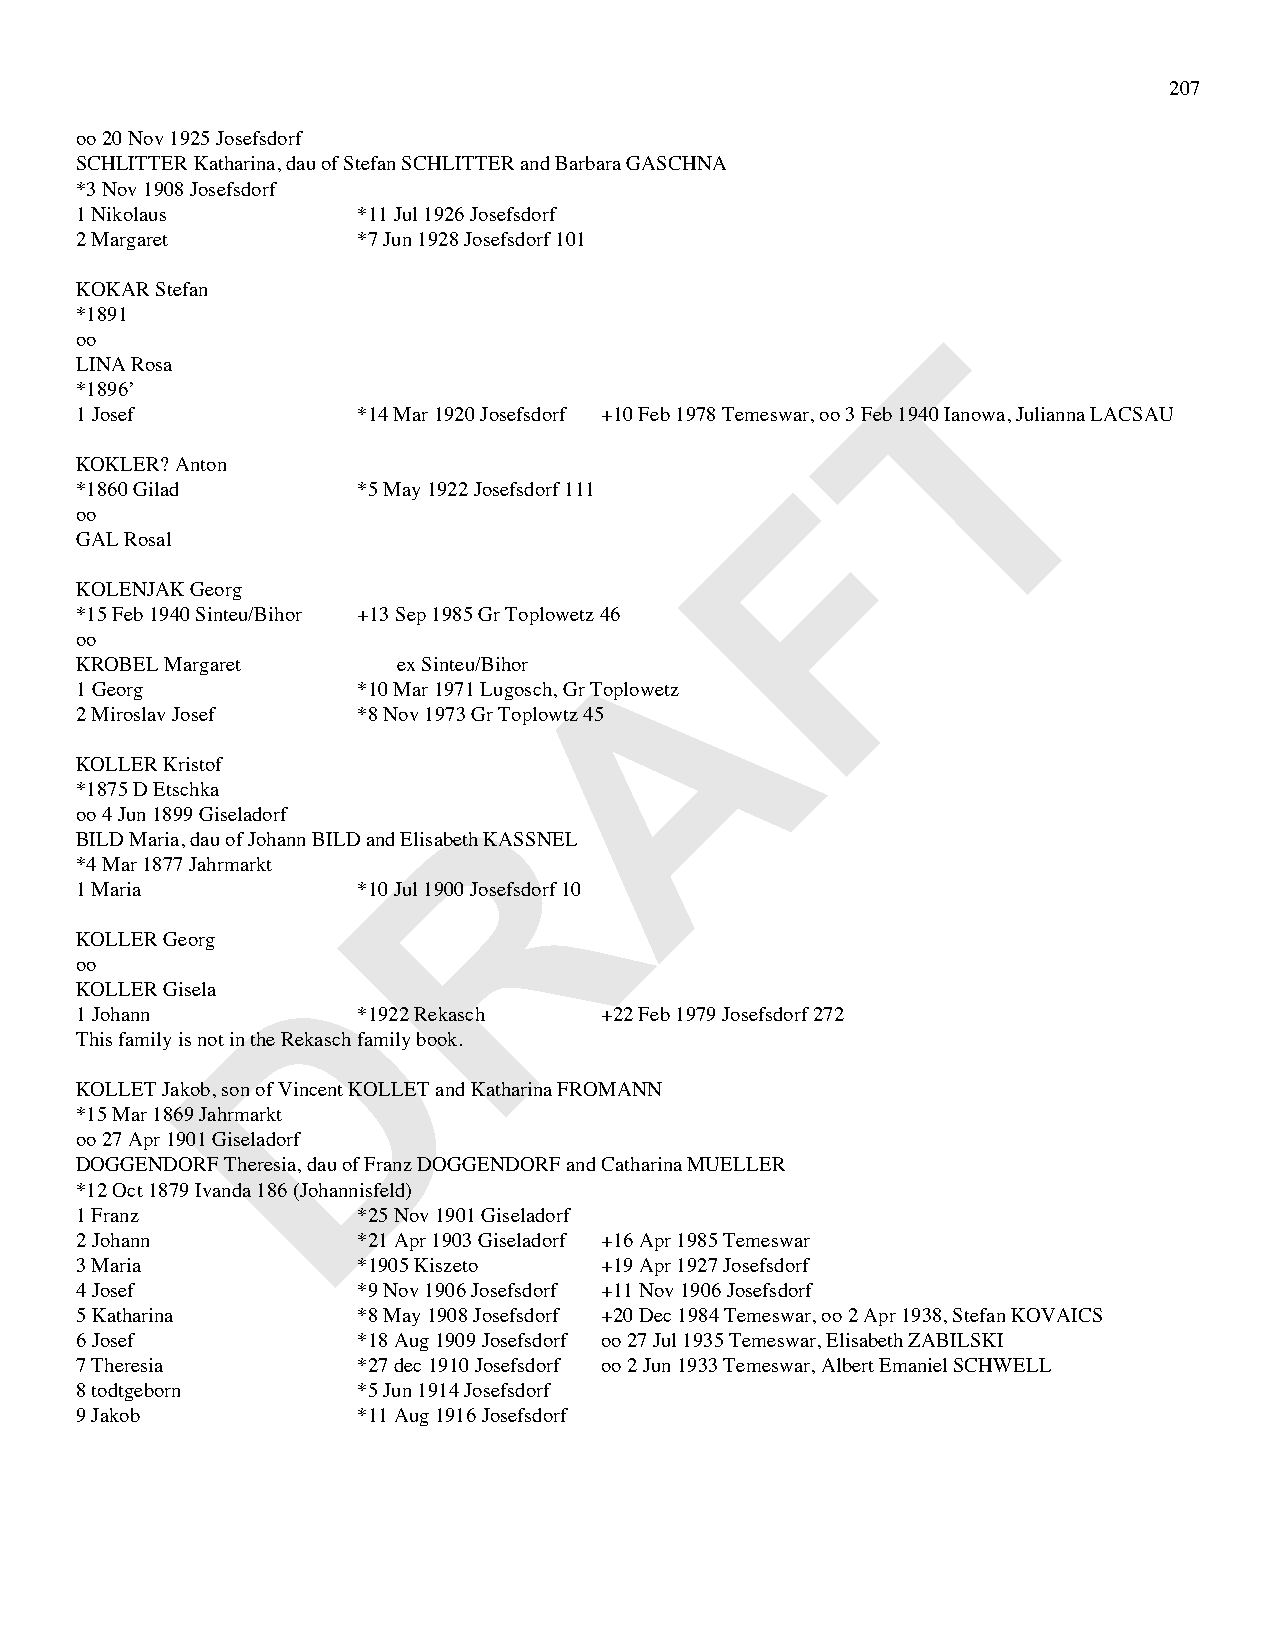
207
 oo 20 Nov 1925 Josefsdorf
 SCHLITTER Katharina, dau of Stefan SCHLITTER and Barbara GASCHNA
 *3 Nov 1908 Josefsdorf
 1 Nikolaus         *11 Jul 1926 Josefsdorf
 2 Margaret         *7 Jun 1928 Josefsdorf 101
 KOKAR Stefan
 *1891
 T
 oo
 LINA Rosa
 *1896’
 1 Josef            *14 Mar 1920 Josefsdorf +10 Feb 1978 Temeswar, oo 3 Feb 1940 Ianowa, Julianna LACSAU
 KOKLER? Anton                                  F
 *1860 Gilad        *5 May 1922 Josefsdorf 111
 oo
 GAL Rosal
 KOLENJAK Georg
 *15 Feb 1940 Sinteu/Bihor +13 Sep 1985 Gr Toplowetz 46 A
 oo
 KROBEL Margaret      ex Sinteu/Bihor
 1 Georg            *10 Mar 1971 Lugosch, Gr Toplowetz
 2 Miroslav Josef   *8 Nov 1973 Gr Toplowtz 45
 KOLLER Kristof
 R
 *1875 D Etschka
 oo 4 Jun 1899 Giseladorf
 BILD Maria, dau of Johann BILD and Elisabeth KASSNEL
 *4 Mar 1877 Jahrmarkt
 1 Maria            *10 Jul 1900 Josefsdorf 10
 KOLLER Georg
 D
 oo
 KOLLER Gisela
 1 Johann           *1922 Rekasch   +22 Feb 1979 Josefsdorf 272
 This family is not in the Rekasch family book.
 KOLLET Jakob, son of Vincent KOLLET and Katharina FROMANN
 *15 Mar 1869 Jahrmarkt
 oo 27 Apr 1901 Giseladorf
 DOGGENDORF Theresia, dau of Franz DOGGENDORF and Catharina MUELLER
 *12 Oct 1879 Ivanda 186 (Johannisfeld)
 1 Franz            *25 Nov 1901 Giseladorf
 2 Johann           *21 Apr 1903 Giseladorf +16 Apr 1985 Temeswar
 3 Maria            *1905 Kiszeto   +19 Apr 1927 Josefsdorf
 4 Josef            *9 Nov 1906 Josefsdorf +11 Nov 1906 Josefsdorf
 5 Katharina        *8 May 1908 Josefsdorf +20 Dec 1984 Temeswar, oo 2 Apr 1938, Stefan KOVAICS
 6 Josef            *18 Aug 1909 Josefsdorf oo 27 Jul 1935 Temeswar, Elisabeth ZABILSKI
 7 Theresia         *27 dec 1910 Josefsdorf oo 2 Jun 1933 Temeswar, Albert Emaniel SCHWELL
 8 todtgeborn       *5 Jun 1914 Josefsdorf
 9 Jakob            *11 Aug 1916 Josefsdorf